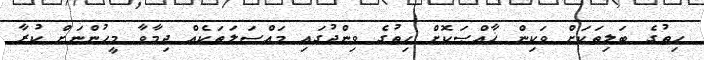
ހިތުގެ ބަލިތަކަށް ވަކިން ޚާއްޞަކޮށް ހިތުގެ ވިންދުގައި މައްސަލަތަކެއް ދިމާވާ މީހުންނަށް ކުރާ